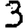
Digit: 3